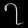
Digit: ၇